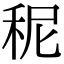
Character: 秜